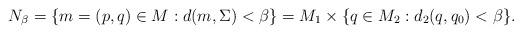
LaTeX: \begin{align*} N_\beta = \{m=(p,q) \in M: d(m, \Sigma) <\beta\} = M_1 \times \{q\in M_2: d_2(q,q_0)<\beta\}.\end{align*}